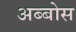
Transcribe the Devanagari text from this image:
अब्बोस